Civil Veterinary Department Bihar reports 1936-40 - 1936-1940
Year: 1936
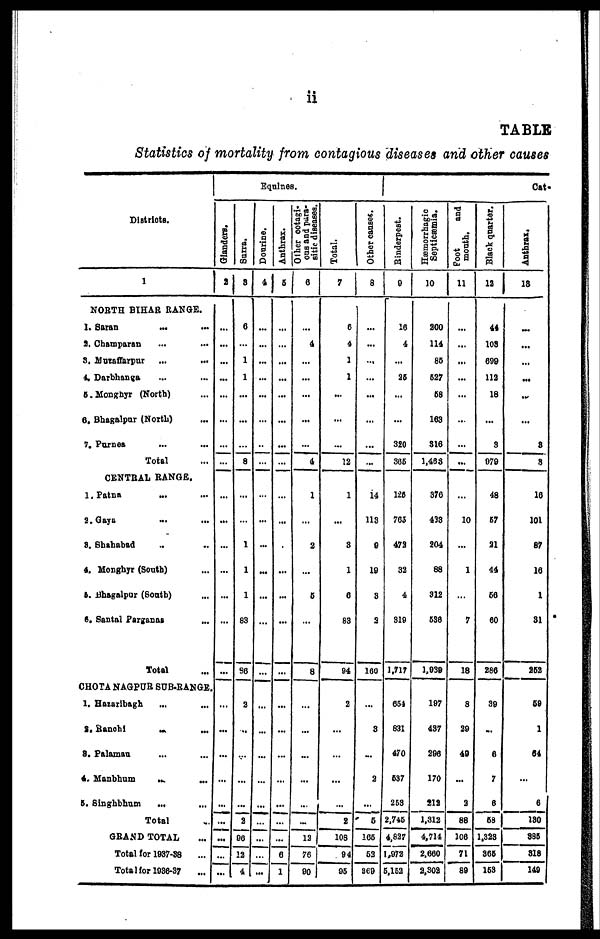
ii
TABLE
Statistics of mortality from contagious diseases and other causes
Districts.
1
NORTH BIHAR RANGE.
1. Saran ... ...
2. Champaran ... ...
3. Muzaffarpur
...
...
4. Darbhanga ... ...
5. Monghyr (North) ...
6. Bhagalpur (North) ...
7. Purnea ... ...
Total ...
CENTRAL RANGE.
1. Patna ... ...
2. Gaya
... ...
3. Shahabad .. ..
4. Monghyr (South) ...
5. Bhagalpar (South) ...
6. Santal Parganas ...
Total ...
CHOTA NAGPUR SUB-RANGE.
1. Hazaribagh ... ...
2.
Ranchi
...
...
3. Palamau ... ...
4. Manbhum
...
...
5. Singhbhum
... ...
Total ...
GRAND TOTAL ...
Total for 1937-38 ...
Total for 1936-37 ...
Glanders.
2
...
...
...
...
...
...
...
...
...
...
...
...
...
...
...
...
...
...
...
...
...
...
...
...
Surra.
3
6
...
1
1
...
...
...
8
...
...
1
1
1
83
86
2
...
...
...
...
2
96
12
4
Equines.
Dourine.
4
...
...
...
...
...
...
..
...
...
...
...
...
...
...
...
...
...
...
...
...
...
...
...
...
Anthrax.
5
...
...
...
...
...
...
...
...
...
...
.
...
...
...
...
...
...
...
...
...
...
...
6
1
Other cotagi-
ous
and para-
sitic diseases.
6
...
4
...
...
...
...
...
4
1
...
2
...
6
...
8
...
...
...
...
...
...
12
76
90
Total.
7
6
4
1
1
...
...
...
12
1
...
8
1
6
83
94
2
...
...
...
...
2
108
94
95
Other causes.
8
...
...
...
...
...
...
...
...
14
113
9
19
3
2
160
...
8
...
2
...
5
166
52
369
Rinderpest.
9
16
4
...
26
...
...
320
365
126
763
472
32
4
319
1,717
664
831
470
637
263
2,746
4,827
1,972
5,162
Hæmorrhagic
Septicæmia.
10
200
114
85
627
68
163
316
1,463
376
433
204
88
312
536
1,939
197
437
296
170
212
1,312
4,714
2.660
2,302
Foot
and
month.
11
...
...
...
...
...
...
...
...
...
10
...
1
...
7
18
8
29
49
...
2
88
106
71
89
Black quarter.
12
44
103
699
112
18
...
3
979
48
57
21
44
66
60
286
39
...
6
7
6
58
1,323
365
163
Cat-
Anthrax.
13
...
...
...
...
..
...
8
8
16
101
87
16
1
31
252
59
1
64
...
6
130
885
318
149